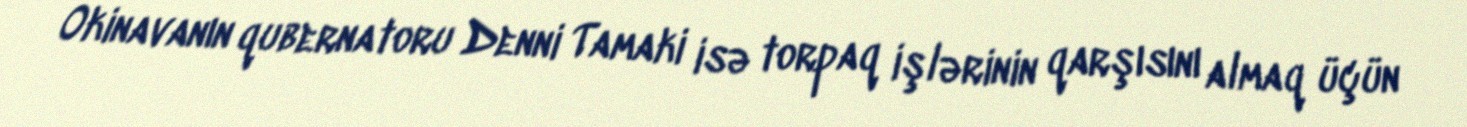
Okinavanın qubernatoru Denni Tamaki isə torpaq işlərinin qarşısını almaq üçün